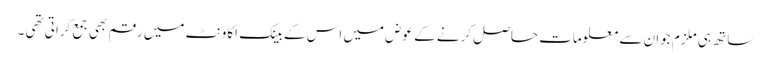
ساتھ ہی ملزم جوان سے معلومات حاصل کرنے کے عوض میں اس کے بینک اکاونٹ میں رقم بھی جمع کراتی تھی ۔